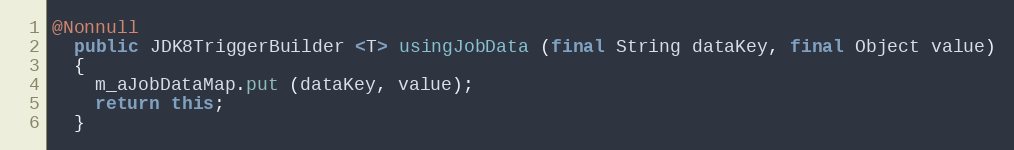
Language: Java
@Nonnull
  public JDK8TriggerBuilder <T> usingJobData (final String dataKey, final Object value)
  {
    m_aJobDataMap.put (dataKey, value);
    return this;
  }